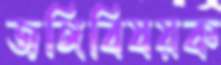
জঙ্গিবিষয়ক